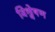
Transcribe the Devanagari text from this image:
विश्वेषण